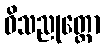
ဝိသညုတ္တော